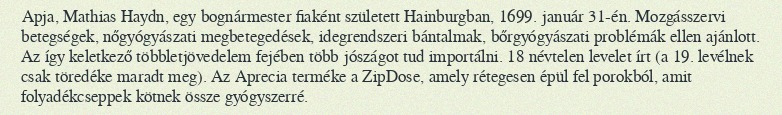
Apja, Mathias Haydn, egy bognármester fiaként született Hainburgban, 1699. január 31-én. Mozgásszervi betegségek, nőgyógyászati megbetegedések, idegrendszeri bántalmak, bőrgyógyászati problémák ellen ajánlott. Az így keletkező többletjövedelem fejében több jószágot tud importálni. 18 névtelen levelet írt (a 19. levélnek csak töredéke maradt meg). Az Aprecia terméke a ZipDose, amely rétegesen épül fel porokból, amit folyadékcseppek kötnek össze gyógyszerré.